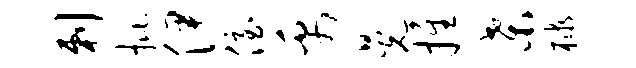
剌批伊侄禹晃推桑棣